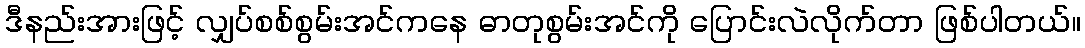
ဒီနည်းအားဖြင့် လျှပ်စစ်စွမ်းအင်ကနေ ဓာတုစွမ်းအင်ကို ပြောင်းလဲလိုက်တာ ဖြစ်ပါတယ်။